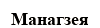
Манагзея